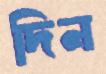
দিন